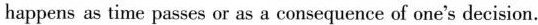
happens as time passes or as a consequence of one's decision.